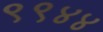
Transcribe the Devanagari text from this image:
९९४४